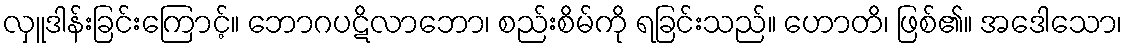
လှူဒါန်းခြင်းကြောင့်။ ဘောဂပဋိလာဘော၊ စည်းစိမ်ကို ရခြင်းသည်။ ဟောတိ၊ ဖြစ်၏။ အဒေါသော၊